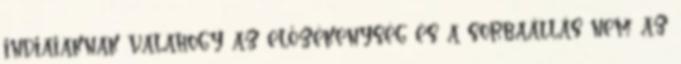
indiaiaknak valahogy az előzékenység és a sorbaállás nem az